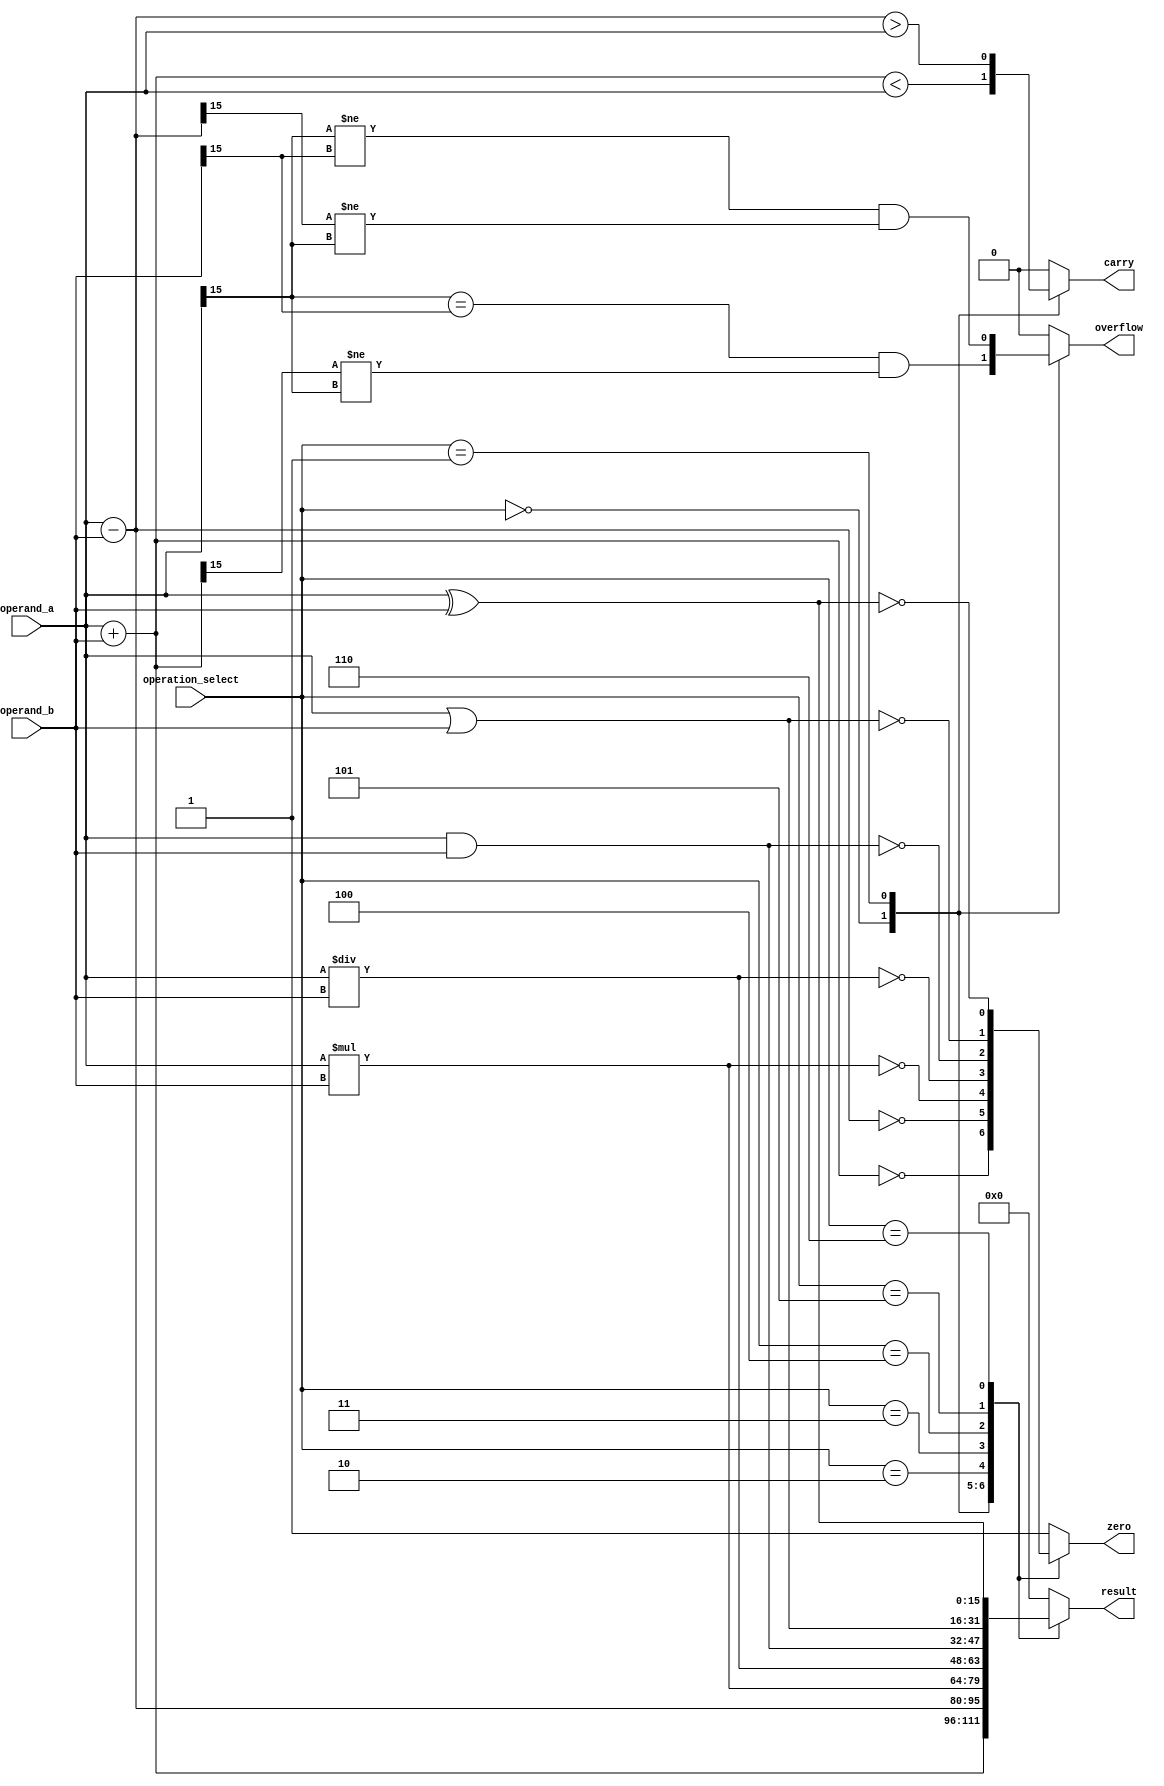
module ALU (
    input [15:0] operand_a,
    input [15:0] operand_b,
    input [2:0] operation_select,
    output reg [15:0] result,
    output reg zero,
    output reg overflow,
    output reg carry
);

always @ (operand_a or operand_b or operation_select) begin
    case(operation_select)
        3'b000: // Addition operation
            begin
                result = operand_a + operand_b;
                zero = (result == 16'b0);
                overflow = (operand_a[15] == operand_b[15] && result[15] != operand_a[15]);
                carry = (result < operand_a);
            end
        3'b001: // Subtraction operation
            begin
                result = operand_a - operand_b;
                zero = (result == 16'b0);
                overflow = (operand_a[15] != operand_b[15] && result[15] != operand_a[15]);
                carry = (result > operand_a);
            end
        3'b010: // Multiplication operation
            begin
                result = operand_a * operand_b;
                zero = (result == 16'b0);
                overflow = 16'b0;
                carry = 16'b0;
            end
        3'b011: // Division operation
            begin
                result = operand_a / operand_b;
                zero = (result == 16'b0);
                overflow = 16'b0;
                carry = 16'b0;
            end
        3'b100: // Logical AND operation
            begin
                result = operand_a & operand_b;
                zero = (result == 16'b0);
                overflow = 16'b0;
                carry = 16'b0;
            end
        3'b101: // Logical OR operation
            begin
                result = operand_a | operand_b;
                zero = (result == 16'b0);
                overflow = 16'b0;
                carry = 16'b0;
            end
        3'b110: // Logical XOR operation
            begin
                result = operand_a ^ operand_b;
                zero = (result == 16'b0);
                overflow = 16'b0;
                carry = 16'b0;
            end
        default: // Default operation is set result to zero and flags to zero
            begin
                result = 16'b0;
                zero = 1'b1;
                overflow = 1'b0;
                carry = 1'b0;
            end
    endcase
end

endmodule